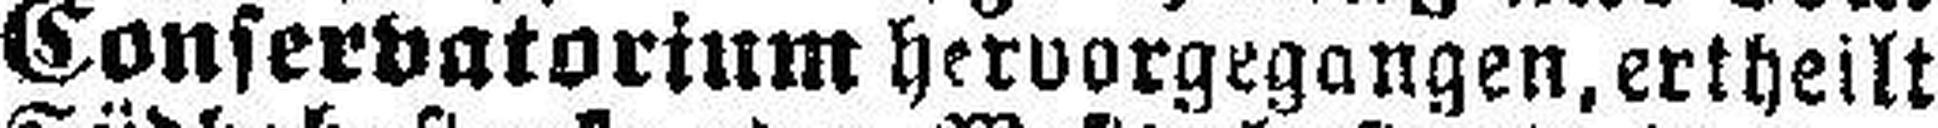
Conserdatorium hervorgegangen, ertheilt